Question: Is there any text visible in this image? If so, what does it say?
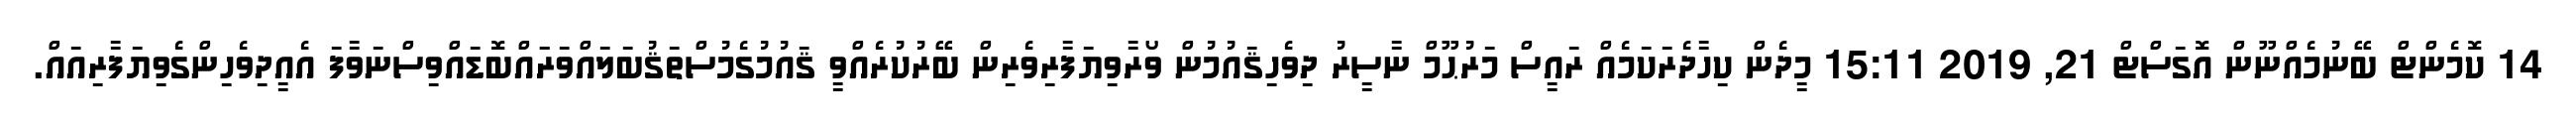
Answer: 14 ކޮމެންޓް ބޭނުމެއްނޫން އޮގަސްޓް 21, 2019 15:11 މީދެން ކިހާދެރަކަމެއް ރައީސް މަރުޙޫމް ނާސީރު ދިވެހިޤައުމުން ވޯރާވިޔަފާރިވެރިން ބޭރުކުރެއްވީ ޤައުމުގެމުސްތަޤުބަލައްވަރަައްބޮޑައްވިސްނަވާފަ އެއީދިވެހިންގެވިޔަފާރިއައް.